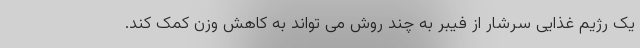
یک رژیم غذایی سرشار از فیبر به چند روش می تواند به کاهش وزن کمک کند.